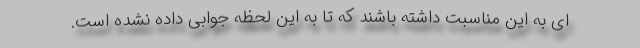
ای به این مناسبت داشته باشند که تا به این لحظه جوابی داده نشده است.